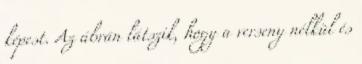
képest. Az ábrán látszik, hogy a verseny nélkül és